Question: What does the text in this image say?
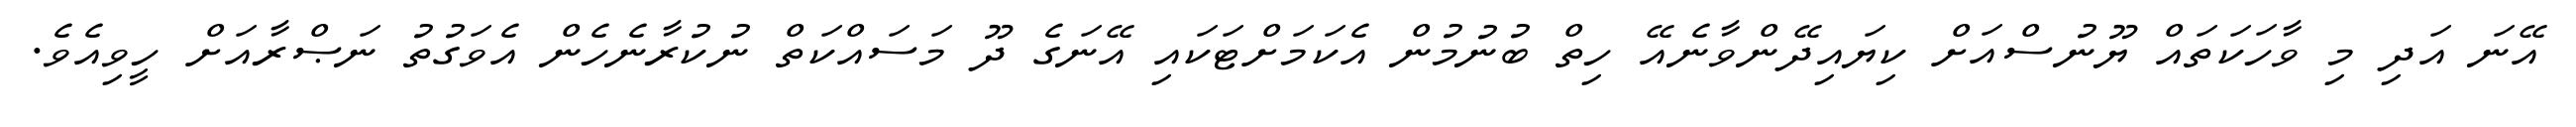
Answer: އޭނަ އަދި މި ވާހަކަތައް ޔޫނުސްއަށް ކިޔައިދޭންވާނެއޭ ހިތް ބުނުމުން އެކަމަށްޓަކައި އޭނަގެ ދޫ މަސައްކަތް ނުކުރާނެހެން އެވަގުތު ނަޞްރާއަށް ހީވިއެވެ.